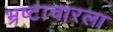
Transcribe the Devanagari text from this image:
भ्रष्टाचारला